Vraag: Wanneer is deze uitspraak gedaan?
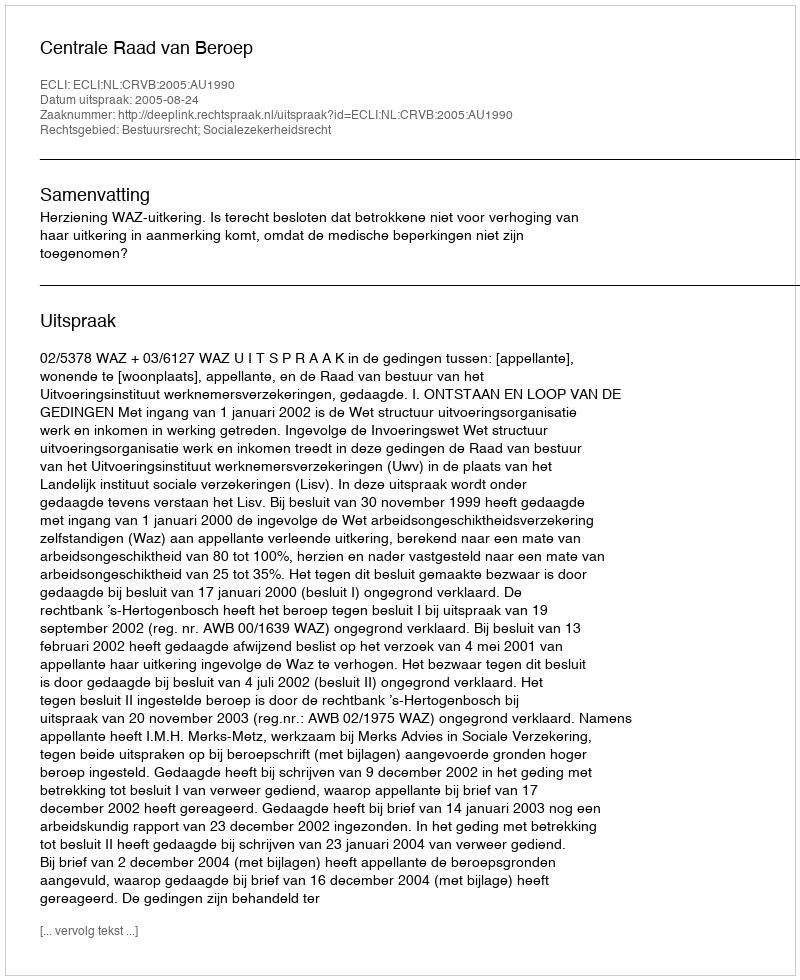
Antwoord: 2005-08-24